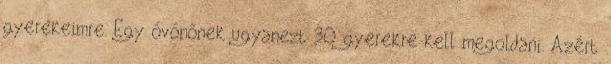
gyerekeimre. Egy óvónőnek ugyanezt 30 gyerekre kell megoldani. Azért